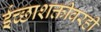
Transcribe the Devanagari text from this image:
ईच्छाशक्तीवरही